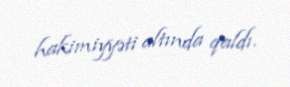
hakimiyyəti altında qaldı.